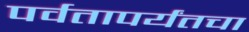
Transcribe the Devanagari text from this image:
पर्वतापर्यंतचा